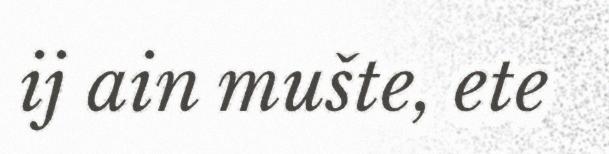
ij ain mušte, ete